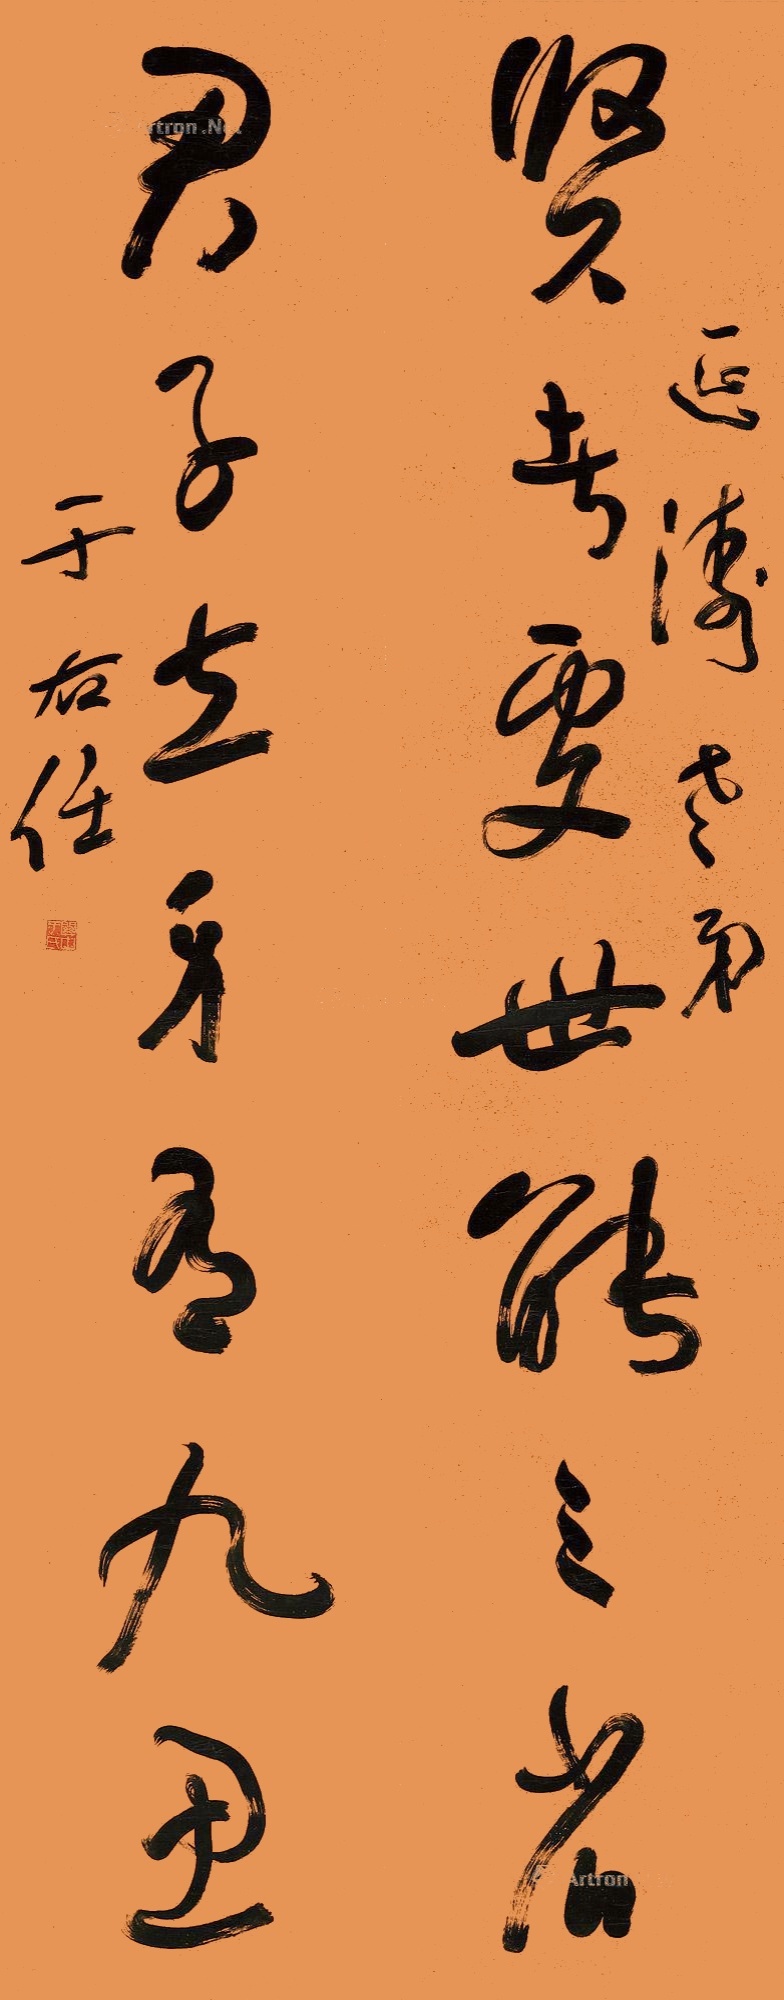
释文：贤者处世能三省，君子立身有九思。延涛老弟，于右任。